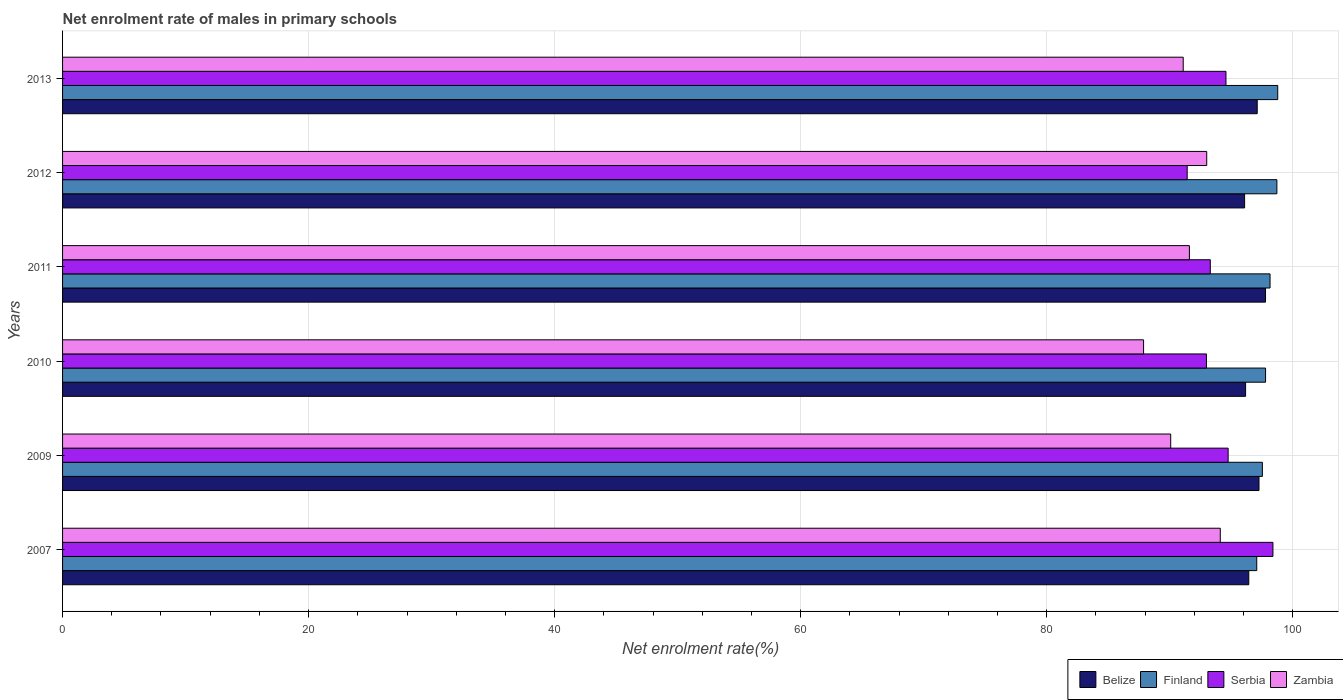
| Years | Belize | Finland | Serbia | Zambia |
 | --- | --- | --- | --- | --- |
 | 2007 | 96.4 | 97.1 | 98.4 | 94.1 |
 | 2009 | 97.3 | 97.5 | 94.8 | 90.1 |
 | 2010 | 96.2 | 97.8 | 93 | 87.9 |
 | 2011 | 97.8 | 98.2 | 93.3 | 91.6 |
 | 2012 | 96.1 | 98.7 | 91.4 | 93 |
 | 2013 | 97.1 | 98.8 | 94.6 | 91.1 |